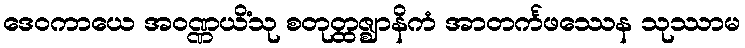
ဒေဝကာယေ အဝဏ္ဏယိံသု စတုတ္ထဇ္ဈာနိကံ အာတင်္ကဖဿေန သုဿာမ